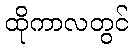
ထိုကာလတွင်